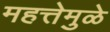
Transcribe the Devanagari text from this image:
महत्तेमुळे